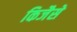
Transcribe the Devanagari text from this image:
किजैसे